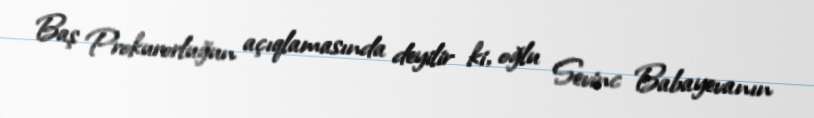
Baş Prokurorluğun açıqlamasında deyilir ki, oğlu Sevinc Babayevanın